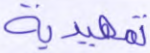
تمهيدية